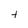
Character: t